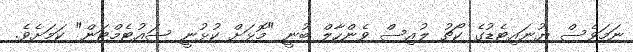
ނަމަވެސް ޔުނައިޓެޑުގެ ކޯޗު ލުއިސް ވެންހާލް ބުނީ "މޮޅަށް ކުޅުނީ ސައުޓެމްޓަން" ކަމަށެވެ.